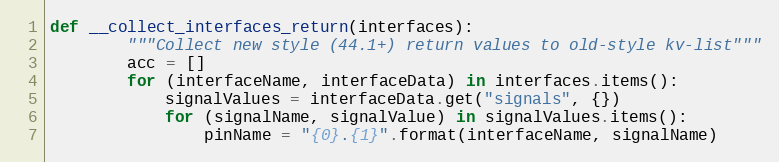
Language: Python
def __collect_interfaces_return(interfaces):
        """Collect new style (44.1+) return values to old-style kv-list"""
        acc = []
        for (interfaceName, interfaceData) in interfaces.items():
            signalValues = interfaceData.get("signals", {})
            for (signalName, signalValue) in signalValues.items():
                pinName = "{0}.{1}".format(interfaceName, signalName)